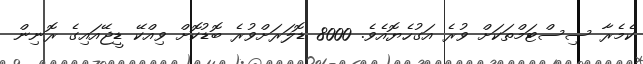
ކެމެރާ ސިސްޓަމްތަކަށް ވުރެ އަގުހެޔޮއެވެ. 8000 ޑޮލަރަށްވުރެ ބޮޑުކޮށް ވިއްކޭ ޑީޖޭއައިގެ ރޮނިން